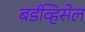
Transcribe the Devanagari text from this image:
बर्डव्हिसेल